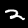
Label: 2